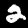
Label: 2